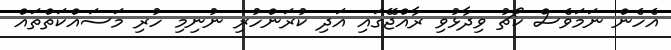
އެހެން ނަމަވެސް ކޯޗު ވިދާޅުވި ރާއްޖޭގައި އަދި ކުރަންހުރި ނުނިމި ހުރި މަސައްކަތްތައް